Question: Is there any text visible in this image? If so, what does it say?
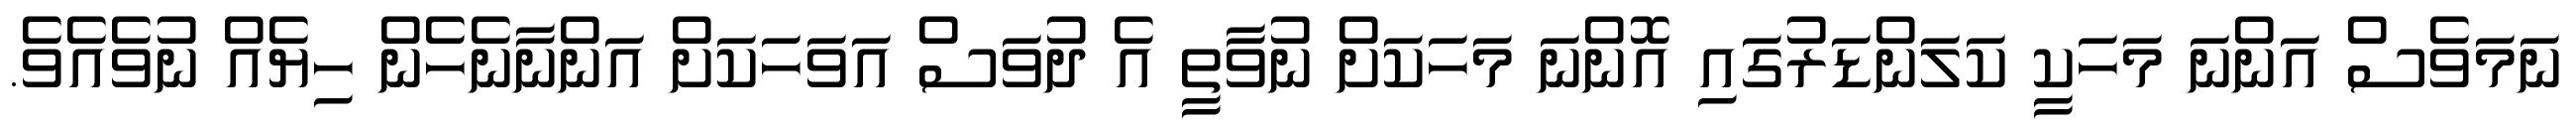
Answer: ނަމަވެސް އަންނަ މަހަކީ ކަލަންޑަރުގައި އޮންނަ މަހަކަށް ނުވާތީ އެ ދުވަސް އަވަހަކަށް އަންނާނެހެން ހިޔެއް ނުވެއެވެ.